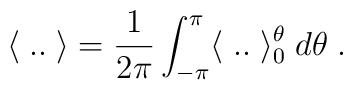
\langle \; .. \; \rangle = \frac{1}{2\pi}\int_{-\pi}^{\pi}\langle \; .. \; \rangle^\theta_0 \; d\theta \;.